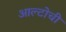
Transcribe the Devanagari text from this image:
आल्टोची